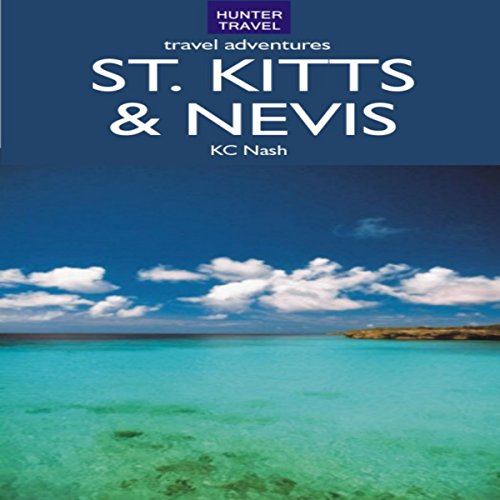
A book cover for St. Kitts & Nevis Travel Adventures; KC Nash; Travel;